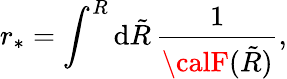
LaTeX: {r_{*}}=\int^{R}\mathrm{d}\tilde{{R}}\, \frac{{1}}{{{\calF}(\tilde{{R}})}},